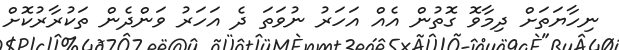
ނިހާޔަތަށް ދިމާވޮ ގޮތުން އެއް އަހަރު ނުވަތަ ދެ އަހަރު ވަންދެން ތަކުރާރުކޮށް